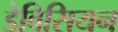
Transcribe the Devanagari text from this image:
डेविसियन